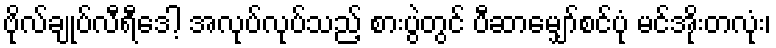
ဗိုလ်ချုပ်လီရီဒေါ့ အလုပ်လုပ်သည့် စားပွဲတွင် ပီဆာမျှော်စင်ပုံ မင်အိုးတလုံး၊